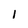
Character: l